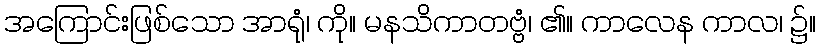
အကြောင်းဖြစ်သော အာရုံ၊ ကို။ မနသိကာတဗ္ဗံ၊ ၏။ ကာလေန ကာလ၊ ၌။